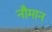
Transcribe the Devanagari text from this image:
नौमान